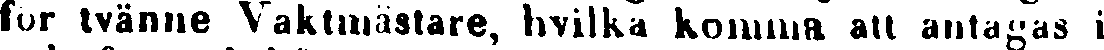
fur tvänne Vaktmästare, hvilka komma att antagas i